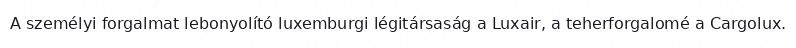
A személyi forgalmat lebonyolító luxemburgi légitársaság a Luxair, a teherforgalomé a Cargolux.